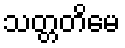
သတ္တတိမေ